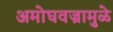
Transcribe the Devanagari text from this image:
अमोघवज्रामुळे